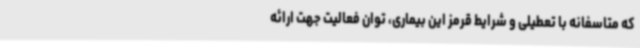
که متاسفانه با تعطیلی و شرایط قرمز این بیماری، توان فعالیت جهت ارائه